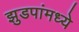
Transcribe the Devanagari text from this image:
झुडपांमध्ये